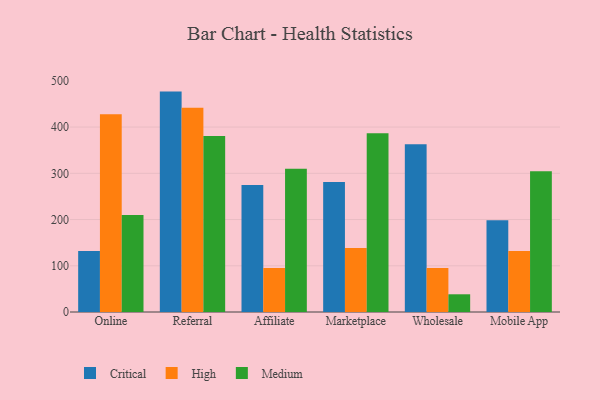
{"axis": {"x": "Channel", "y": "Inventory Turnover"}, "legend": ["Critical", "High", "Medium"], "data": [{"x": "Online", "y": 131.8, "type": "Critical"}, {"x": "Online", "y": 427.7, "type": "High"}, {"x": "Online", "y": 209.7, "type": "Medium"}, {"x": "Referral", "y": 476.7, "type": "Critical"}, {"x": "Referral", "y": 442.0, "type": "High"}, {"x": "Referral", "y": 380.7, "type": "Medium"}, {"x": "Affiliate", "y": 274.5, "type": "Critical"}, {"x": "Affiliate", "y": 95.1, "type": "High"}, {"x": "Affiliate", "y": 310.1, "type": "Medium"}, {"x": "Marketplace", "y": 281.3, "type": "Critical"}, {"x": "Marketplace", "y": 138.3, "type": "High"}, {"x": "Marketplace", "y": 386.7, "type": "Medium"}, {"x": "Wholesale", "y": 362.7, "type": "Critical"}, {"x": "Wholesale", "y": 95.2, "type": "High"}, {"x": "Wholesale", "y": 38.3, "type": "Medium"}, {"x": "Mobile App", "y": 198.5, "type": "Critical"}, {"x": "Mobile App", "y": 131.7, "type": "High"}, {"x": "Mobile App", "y": 304.2, "type": "Medium"}]}